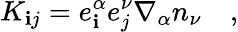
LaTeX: K_{\mathbf{i}j}=e_{\mathbf{i}}^{\alpha}e_{j}^{\nu}\nabla_{\alpha}n_{\nu}\quad,